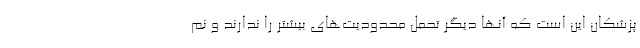
پزشکان این است که آنها دیگر تحمل محدودیت‌های بیشتر را ندارند و نم